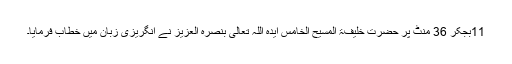
11بجکر 36 منٹ پر حضرت خلیفۃ المسیح الخامس ایّدہ اللہ تعالیٰ بنصرہ العزیز نے انگریزی زبان میں خطاب فرمایا۔